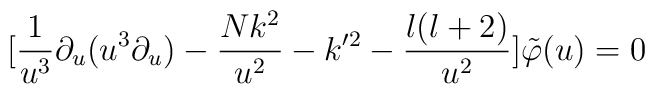
[\frac{1}{u^{3}}\partial _{u}(u^{3}\partial _{u})-\frac{Nk^{2}}{u^{2}}-k'^{2}-\frac{l(l+2)}{u^{2}}]\tilde{\varphi }(u)=0